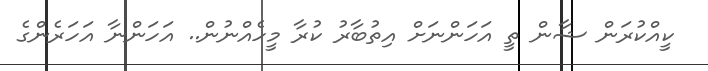
ކީއްކުރަން ޝާން ތީ އަހަންނަށް އިތުބާރު ކުރާ މީހެއްނުން.. އަހަންނާ އަހަރެންގެ